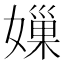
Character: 𡡊